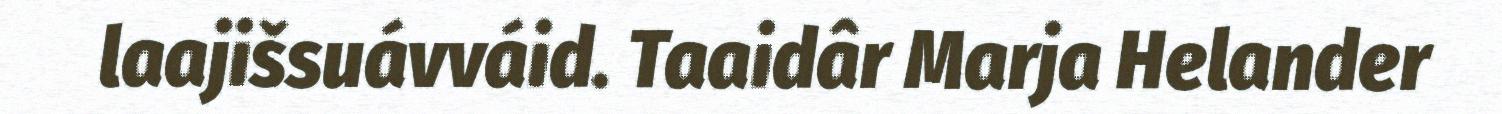
laajišsuávváid. Taaidâr Marja Helander